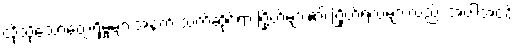
ထိုသို့သောတွေ့ရှိမှုများအနက် သက်ဆိုင်ရာ ဂြိုဟ်များ၏ ဂြိုဟ်ရံလများလည်း အပါအဝင်